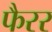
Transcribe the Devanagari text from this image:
फैरर